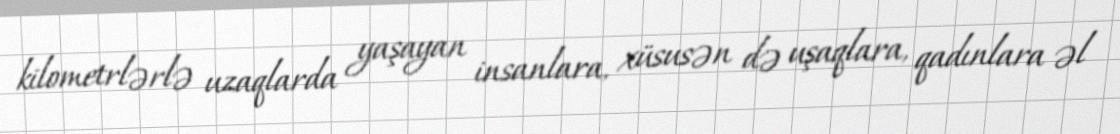
kilometrlərlə uzaqlarda yaşayan insanlara, xüsusən də uşaqlara, qadınlara əl